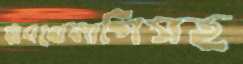
ঋণখেলাপিসহ